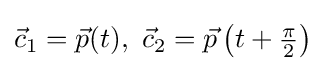
{\textstyle {\vec {c}}_{1}={\vec {p}}(t),\ {\vec {c}}_{2}={\vec {p}}\left(t+{\frac {\pi }{2}}\right)}